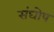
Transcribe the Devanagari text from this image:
संघोष